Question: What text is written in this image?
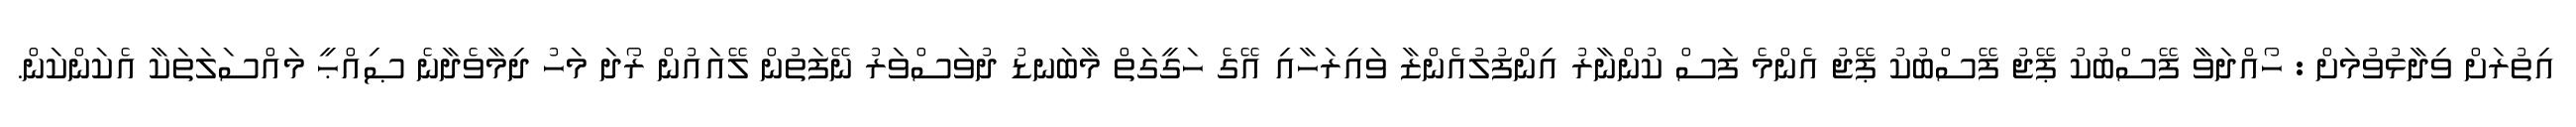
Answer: އިތުރަށް ވިދާޅުވުމަށް : ހޯއްދަވާ ފޭސްބުކު ޕޭޖު ފޭސްބުކު ޕޭޖު އެންމެ ފަސް ކުންނާރު އިންފުލުއެންޒާ ވައިރަހާއި އޭގެ ހަގީގަތް މާބަނޑު ދުވަސްވަރު ނޭފަތުން ލޭއައުން ރޯދަ މަހު ދިމާވެދާނެ ޞިއްޙީ މައްސަލަތަކާ އެކަންކަން.